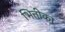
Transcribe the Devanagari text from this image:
भित्तीका